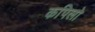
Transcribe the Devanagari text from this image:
कपिलो